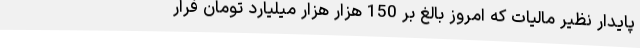
پایدار نظیر مالیات که امروز بالغ بر 150 هزار هزار میلیارد تومان فرار